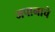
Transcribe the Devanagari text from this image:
जपानाचे